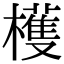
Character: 檴